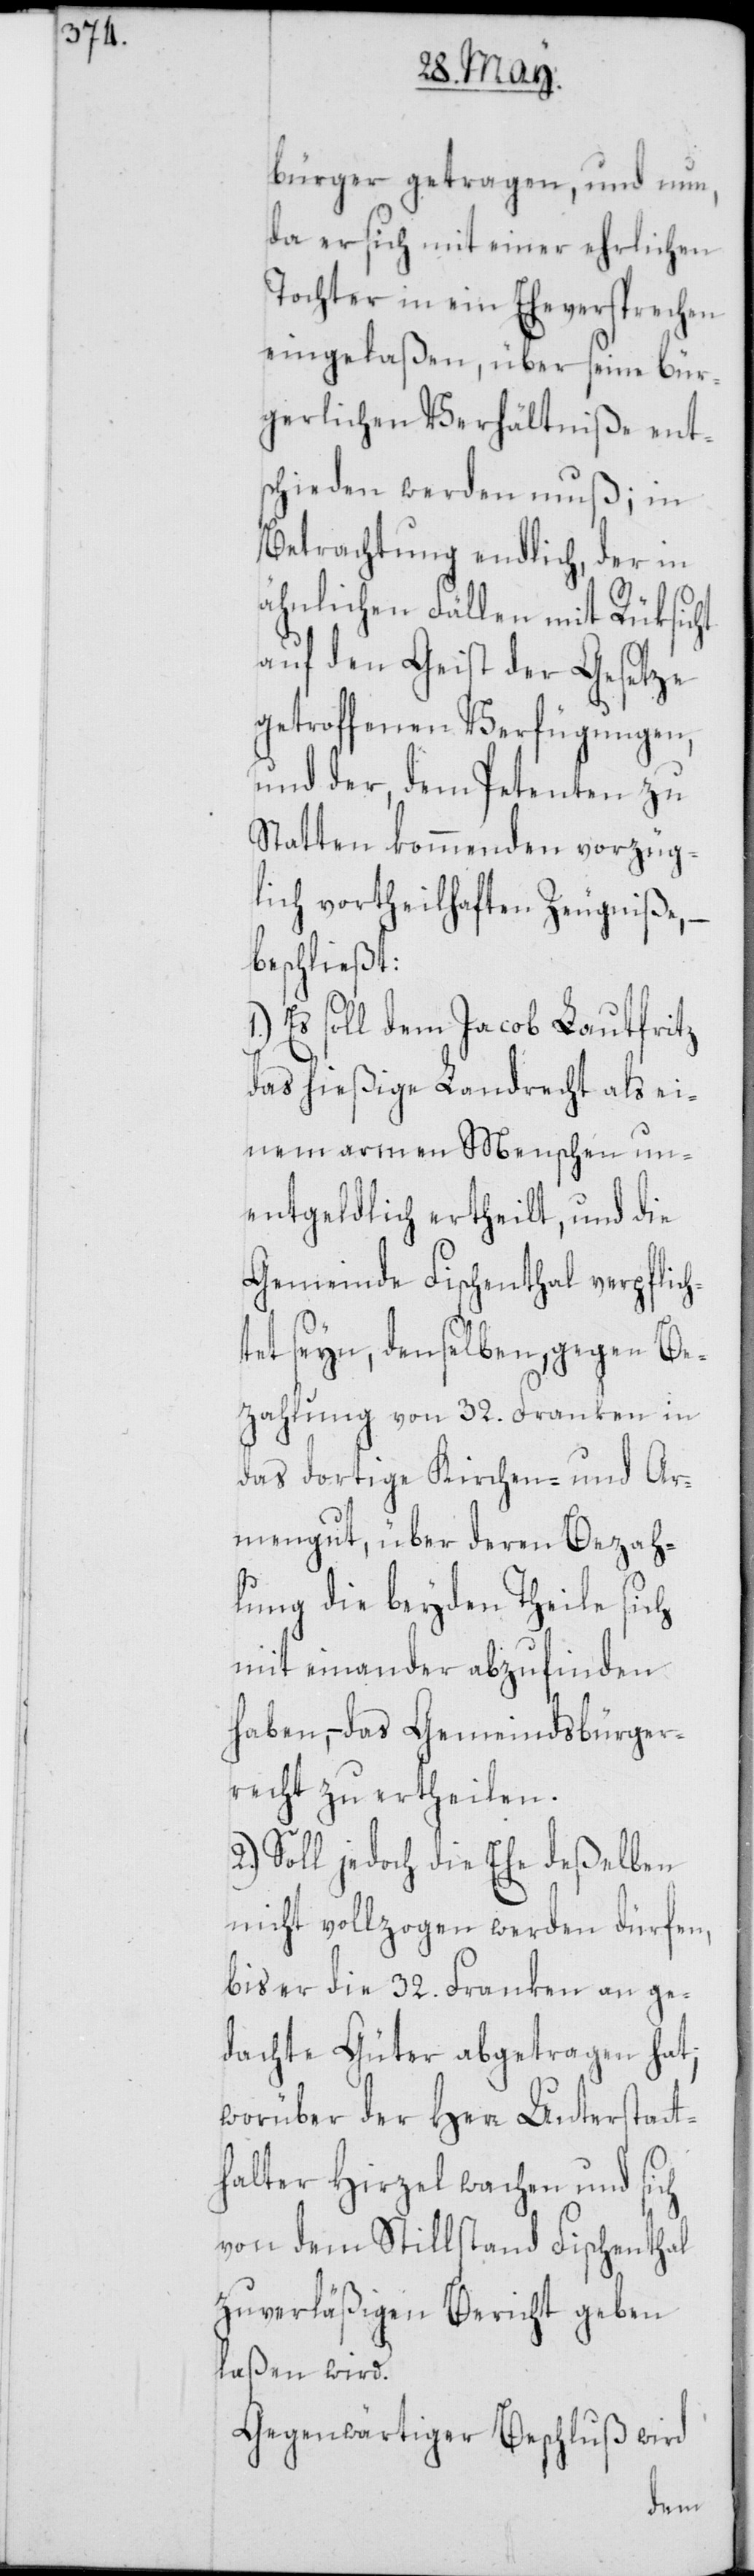
bürger getragen, und nun,
da er sich mit einer ehrlichen
Tochter in ein Eheversprechen
eingelaßen, über seine bür¬
gerlichen Verhältniße ent¬
schieden werden muß; in
Betrachtung endlich, der in
ähnlichen Fällen mit Rüksicht
auf den Geist der Gesetze
getroffenen Verfügungen,
und der, dem Petenten zu
Statten kommenden vorzüg¬
lich vortheilhaften Zeugniße, –
beschließt:
Es soll dem Jacob Lautfritz
das hießige Landrecht als ei¬
nem armen Menschen un¬
entgeldlich ertheilt, und die
Gemeinde Fischenthal verpflich¬
tet seyn, denselben, gegen Be¬
zahlung von 32. Franken in
das dortige Kirchen- und Ar¬
mengut, über deren Bezah¬
lung die beyden Theile sich
mit einander abzufinden
haben, – das Gemeindsbürger¬
recht zu ertheilen.
2.) Soll jedoch die Ehe deßelben
nicht vollzogen werden dürfen,
bis er die 32. Franken an ge¬
dachte Güter abgetragen hat;
worüber der Herr Unterstatt¬
halter Hirzel wachen und sich
von dem Stillstand Fischenthal
zuverläßigen Bericht geben
laßen wird.
Gegenwärtiger Beschluß wird